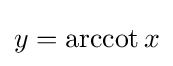
y=\operatorname {arccot} x